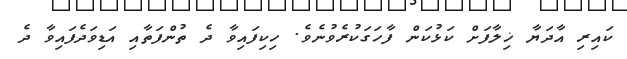
ކައިރި އާދަޔާ ޚިލާފަށް ކަޅުކަން ފާހަގަކުރެވުނެވެ. ހިކިފައިވާ ދެ ތުންފަތާއި އަޑިވަދެފައިވާ ދެ